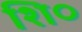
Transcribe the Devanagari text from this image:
शि०